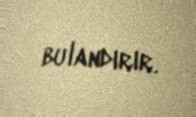
bulandırır.